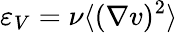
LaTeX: \varepsilon_{V}=\nu\langle({\nabla v})^{2}\rangle